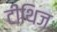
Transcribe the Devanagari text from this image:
टीथिज